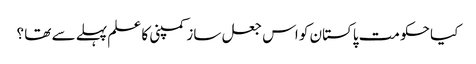
کیا حکومت پاکستان کو اس جعل ساز کمپنی کا علم پہلے سے تھا ؟